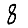
Digit: 8